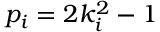
p _ { i } = 2 k _ { i } ^ { 2 } - 1